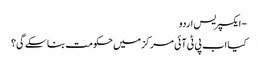
- ایکسپریس اردو
کیا اب پی ٹی آئی مرکز میں حکومت بنا سکے گی؟